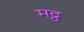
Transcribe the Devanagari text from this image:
मट्ठ